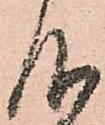
仰